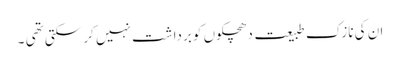
ان کی نازک طبیعت دھچکوں کو برداشت نہیں کر سکتی تھی ۔